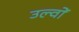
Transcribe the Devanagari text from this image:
उल्वों